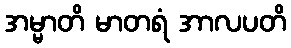
အမ္မာတိ မာတရံ အာလပတိ